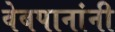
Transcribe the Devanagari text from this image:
वेबपानांनी